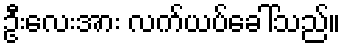
ဦးလေးအား လက်ယပ်ခေါ်သည်။